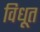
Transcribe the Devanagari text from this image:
विधूत